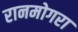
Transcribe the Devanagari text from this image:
रानमोगरा